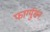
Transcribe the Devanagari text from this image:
फार्ग्युसन